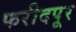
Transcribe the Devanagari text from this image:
फरीदपूर